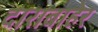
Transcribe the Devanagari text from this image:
दाराबाहेर